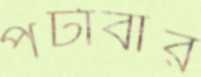
পটাবার